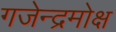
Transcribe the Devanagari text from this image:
गजेन्द्रमोक्ष